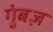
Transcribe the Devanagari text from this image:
गुंबज़